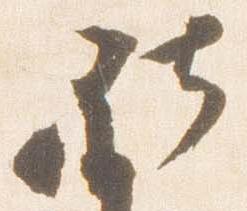
社